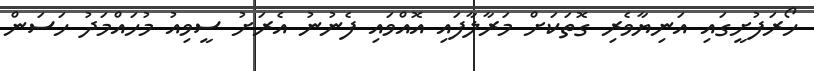
ހޯރަފުށީގައި އަނިޔާވެރި ގޮތަކަށް މަރާލާފައި އޮއްވައި ފެނުނު އެރަށު ސީވިއު މުހައްމަދު ހަސަން